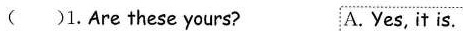
( )1.Are these yours? A.Yes, it is.